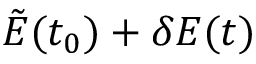
\tilde { E } ( t _ { 0 } ) + \delta E ( t )